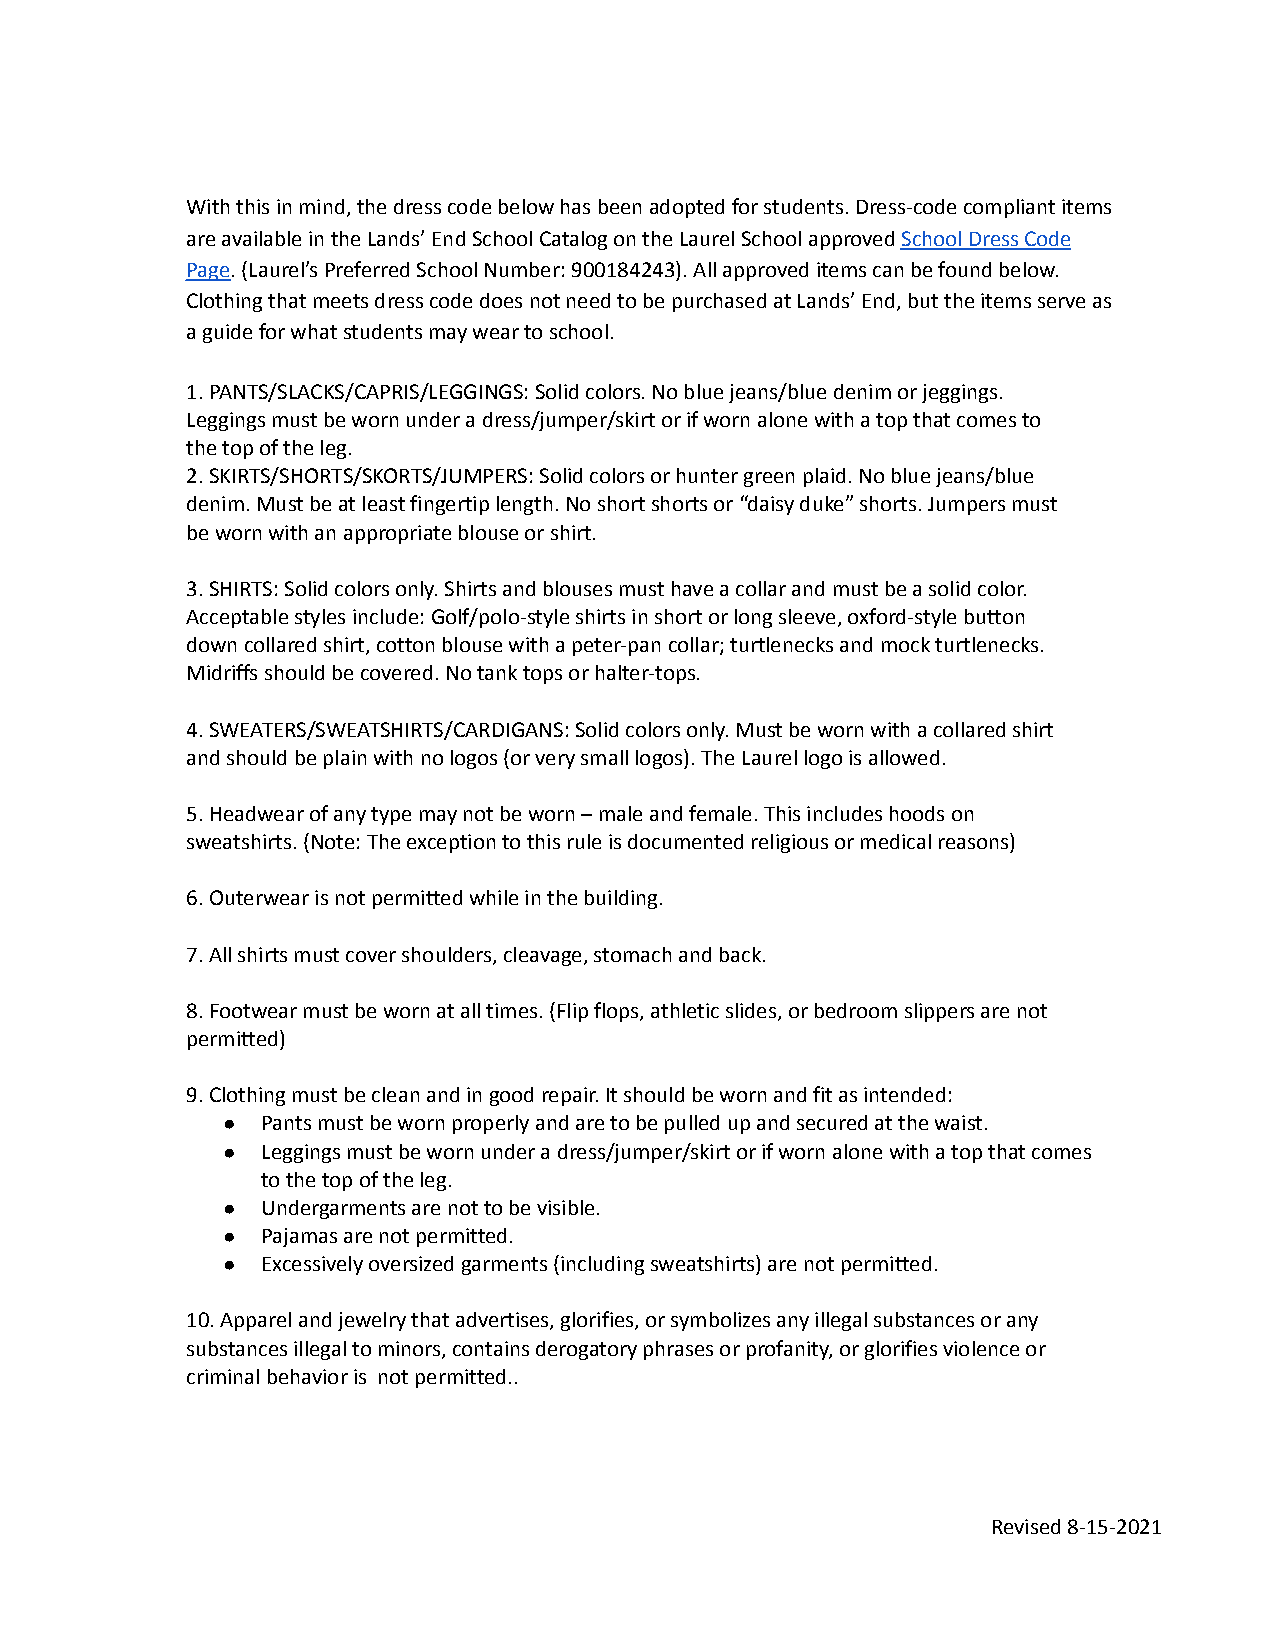
With this in mind, the dress code below has been adoptedfor students. Dress-code compliant items
 are available in the Lands’ End School Catalog onthe Laurel School approvedSchool Dress Code
 Page. (Laurel’s Preferred School Number: 900184243).All approved items can be found below.
 Clothing that meets dress code does not need to bepurchased at Lands’ End, but the items serve as
 a guide for what students may wear to school.
 1. PANTS/SLACKS/CAPRIS/LEGGINGS: Solid colors. Noblue jeans/blue denim or jeggings.
 Leggings must be worn under a dress/jumper/skirt orif worn alone with a top that comes to
 the top of the leg.
 2. SKIRTS/SHORTS/SKORTS/JUMPERS: Solid colors or huntergreen plaid. No blue jeans/blue
 denim. Must be at least fingertip length. No shortshorts or “daisy duke” shorts. Jumpers must
 be worn with an appropriate blouse or shirt.
 3. SHIRTS: Solid colors only. Shirts and blouses musthave a collar and must be a solid color.
 Acceptable styles include: Golf/polo-style shirtsin short or long sleeve, oxford-style button
 down collared shirt, cotton blouse with a peter-pancollar; turtlenecks and mock turtlenecks.
 Midriffs should be covered. No tank tops or halter-tops.
 4. SWEATERS/SWEATSHIRTS/CARDIGANS: Solid colors only.Must be worn with a collared shirt
 and should be plain with no logos (or very small logos).The Laurel logo is allowed.
 5. Headwear of any type may not be worn – male andfemale. This includes hoods on
 sweatshirts. (Note: The exception to this rule isdocumented religious or medical reasons)
 6. Outerwear is not permitted while in the building.
 7. All shirts must cover shoulders, cleavage, stomachand back.
 8. Footwear must be worn at all times. (Flip flops,athletic slides, or bedroom slippers are not
 permitted)
 9. Clothing must be clean and in good repair. It shouldbe worn and fit as intended:
 ● Pants must be worn properly and are to be pulled upand secured at the waist.
 ● Leggings must be worn under a dress/jumper/skirt orif worn alone with a top that comes
 to the top of the leg.
 ● Undergarments are not to be visible.
 ● Pajamas are not permitted.
 ● Excessively oversized garments (including sweatshirts)are not permitted.
 10. Apparel and jewelry that advertises, glorifies,or symbolizes any illegal substances or any
 substances illegal to minors, contains derogatoryphrases or profanity, or glorifies violence or
 criminal behavior is not permitted..
 Revised 8-15-2021